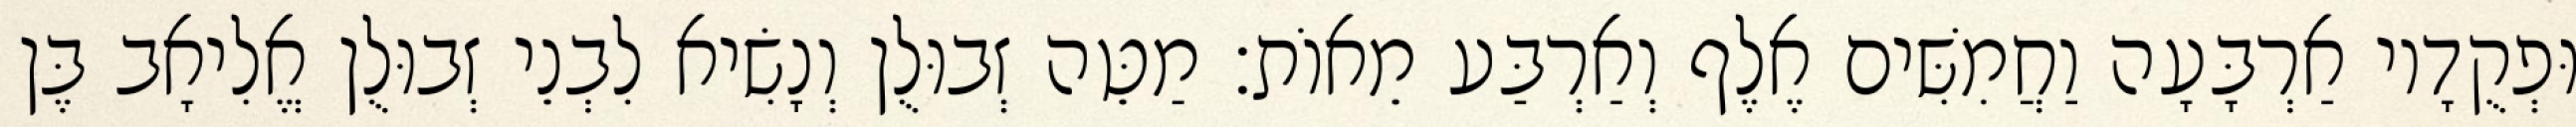
וּפְקֻדָיו אַרְבָּעָה וַחֲמִשִּׁים אֶלֶף וְאַרְבַּע מֵאוֹת׃ מַטֵּה זְבוּלֻן וְנָשִׂיא לִבְנֵי זְבוּלֻן אֱלִיאָב בֶּן